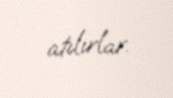
atılırlar.